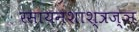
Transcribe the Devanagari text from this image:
रसायनशाश्त्रज्ञ